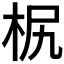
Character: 𣐊